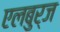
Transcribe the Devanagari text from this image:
एलबुर्ज